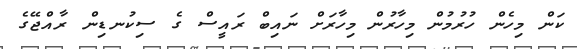
ކަން މިހެން ހުރުމުން މިހާރުން މިހާރަށް ނައިބް ރައީސް ގެ ސިކުނޑިން ރާއްޖޭގެ